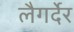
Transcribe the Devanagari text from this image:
लैगर्देर